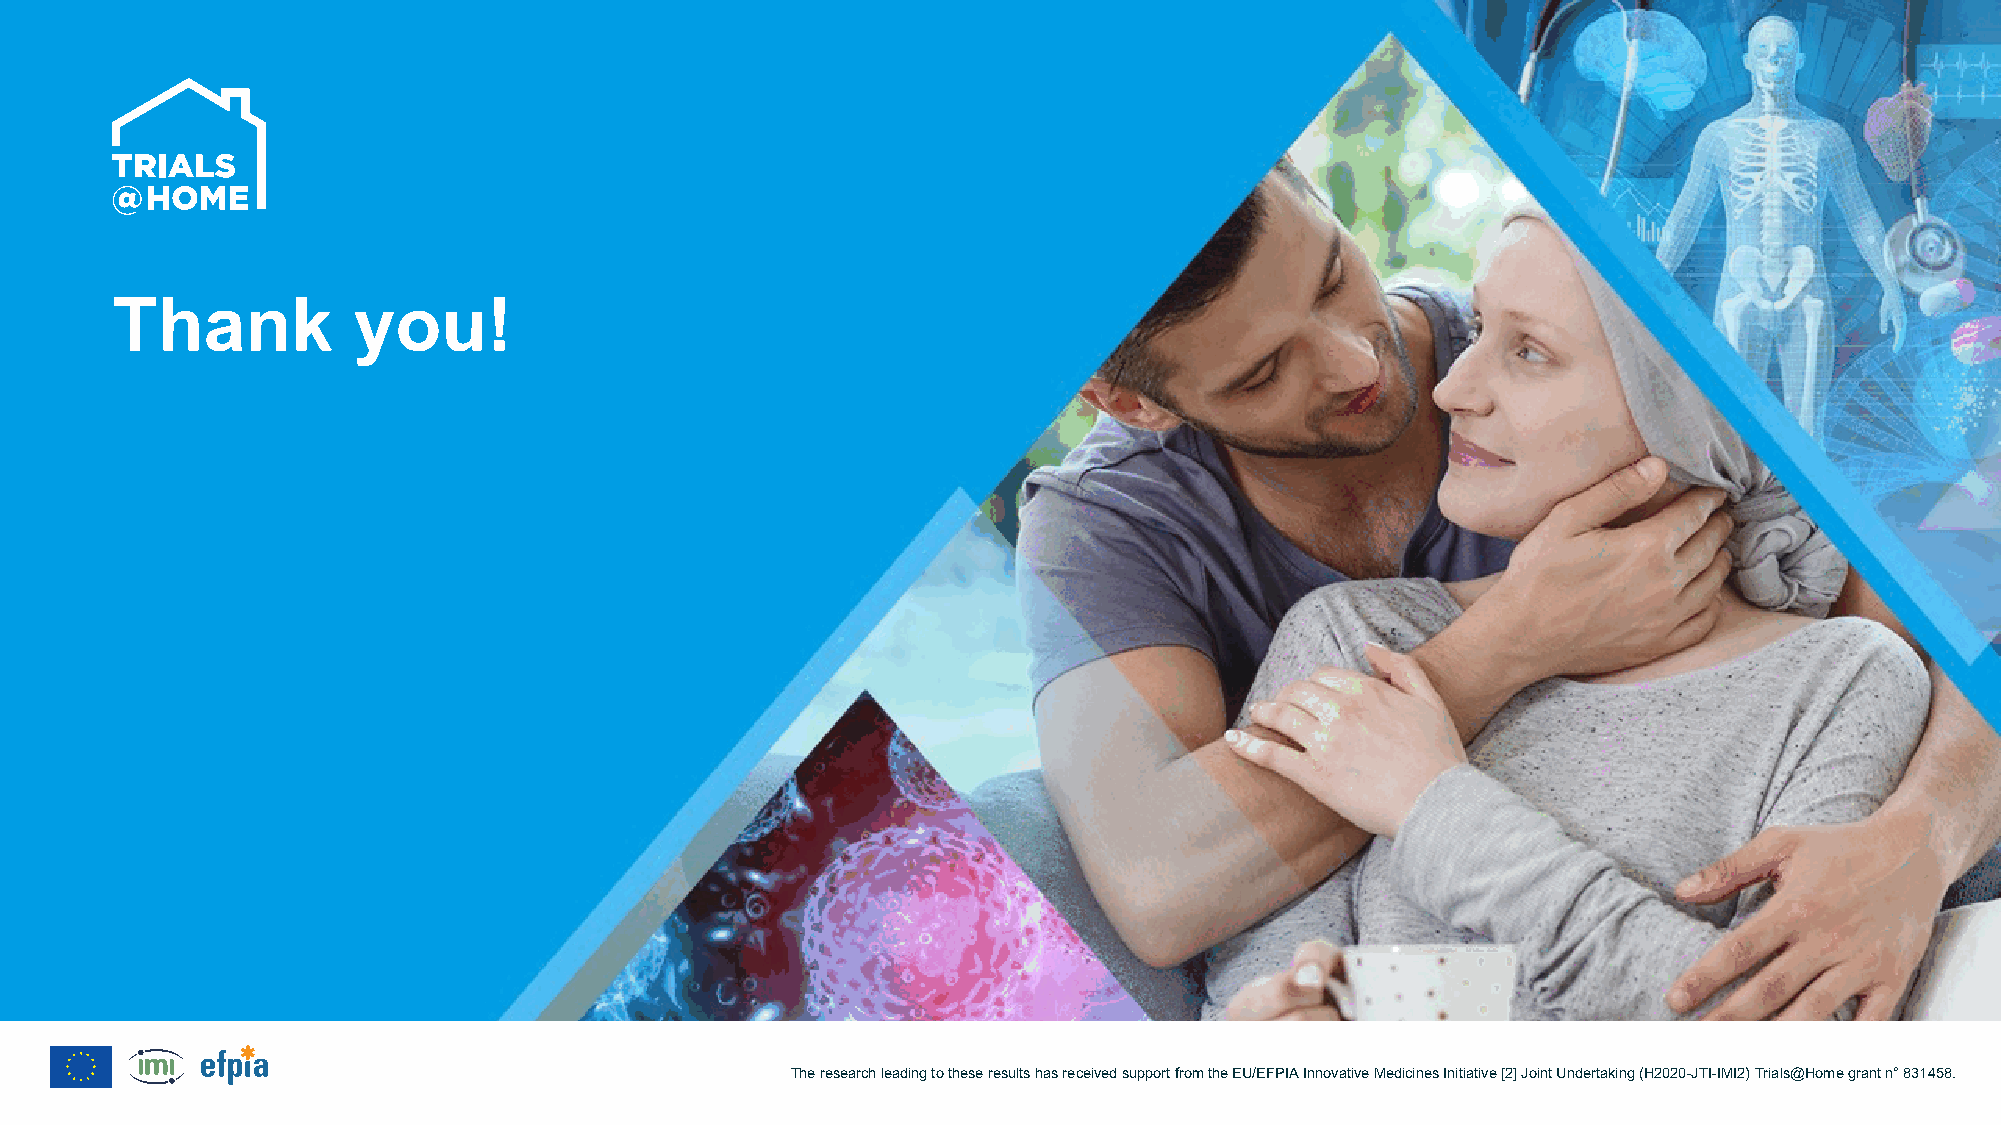
Thank           you!
 The research leading to these resultshas received support from the EU/EFPIA Innovative Medicines Initiative [2] Joint Undertaking (H2020-JTI-IMI2) Trials@Homegrant n°831458.